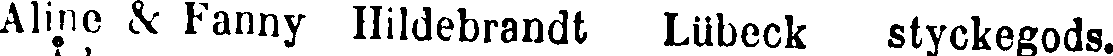
Aline & Fanny Hildebrandt Lübeck styckegods.